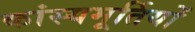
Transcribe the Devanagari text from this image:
कांस्यमूर्तियों